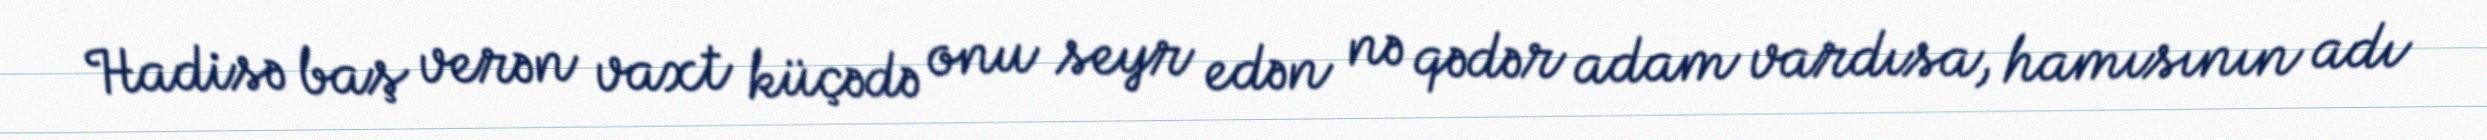
Hadisə baş verən vaxt küçədə onu seyr edən nə qədər adam vardısa, hamısının adı